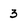
Character: 3